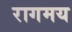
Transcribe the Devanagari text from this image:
रागमय